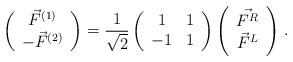
LaTeX: \begin{align*}\left( \begin{array}{c} \vec{F}^{(1)} \\ -\vec{F}^{(2)} \end{array} \right) =\frac{1}{\sqrt{2}} \left( \begin{array}{cc} 1 & 1 \\ -1 & 1 \end{array}\right)\left(\begin{array}{c} \vec{F^R} \\ \vec{F}^L \end{array} \right)\, .\end{align*}